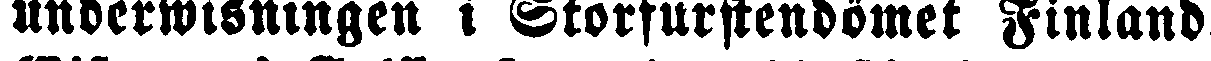
underwisningen i Storfurstendömet Finland.